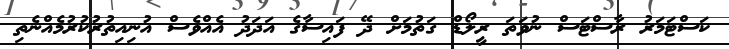
ކަސްޓަމަރު ރާސްޓަސް ނުވަތަ ރީލޯޑް ގަތުމަށް ދޭ ފައިސާގެ އަދަދު އެއްވެސް އުނިއިތުރުކުރުމެއްނެތި